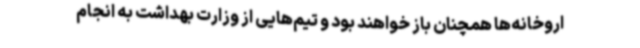
اروخانه‌ها همچنان باز خواهند بود و تیم‌هایی از وزارت بهداشت به انجام